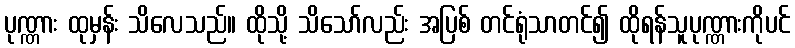
ပုဏ္ဏား ထုမှန်း သိလေသည်။ ထိုသို့ သိသော်လည်း အပြစ် တင်ရုံသာတင်၍ ထိုရန်သူပုဏ္ဏားကိုပင်